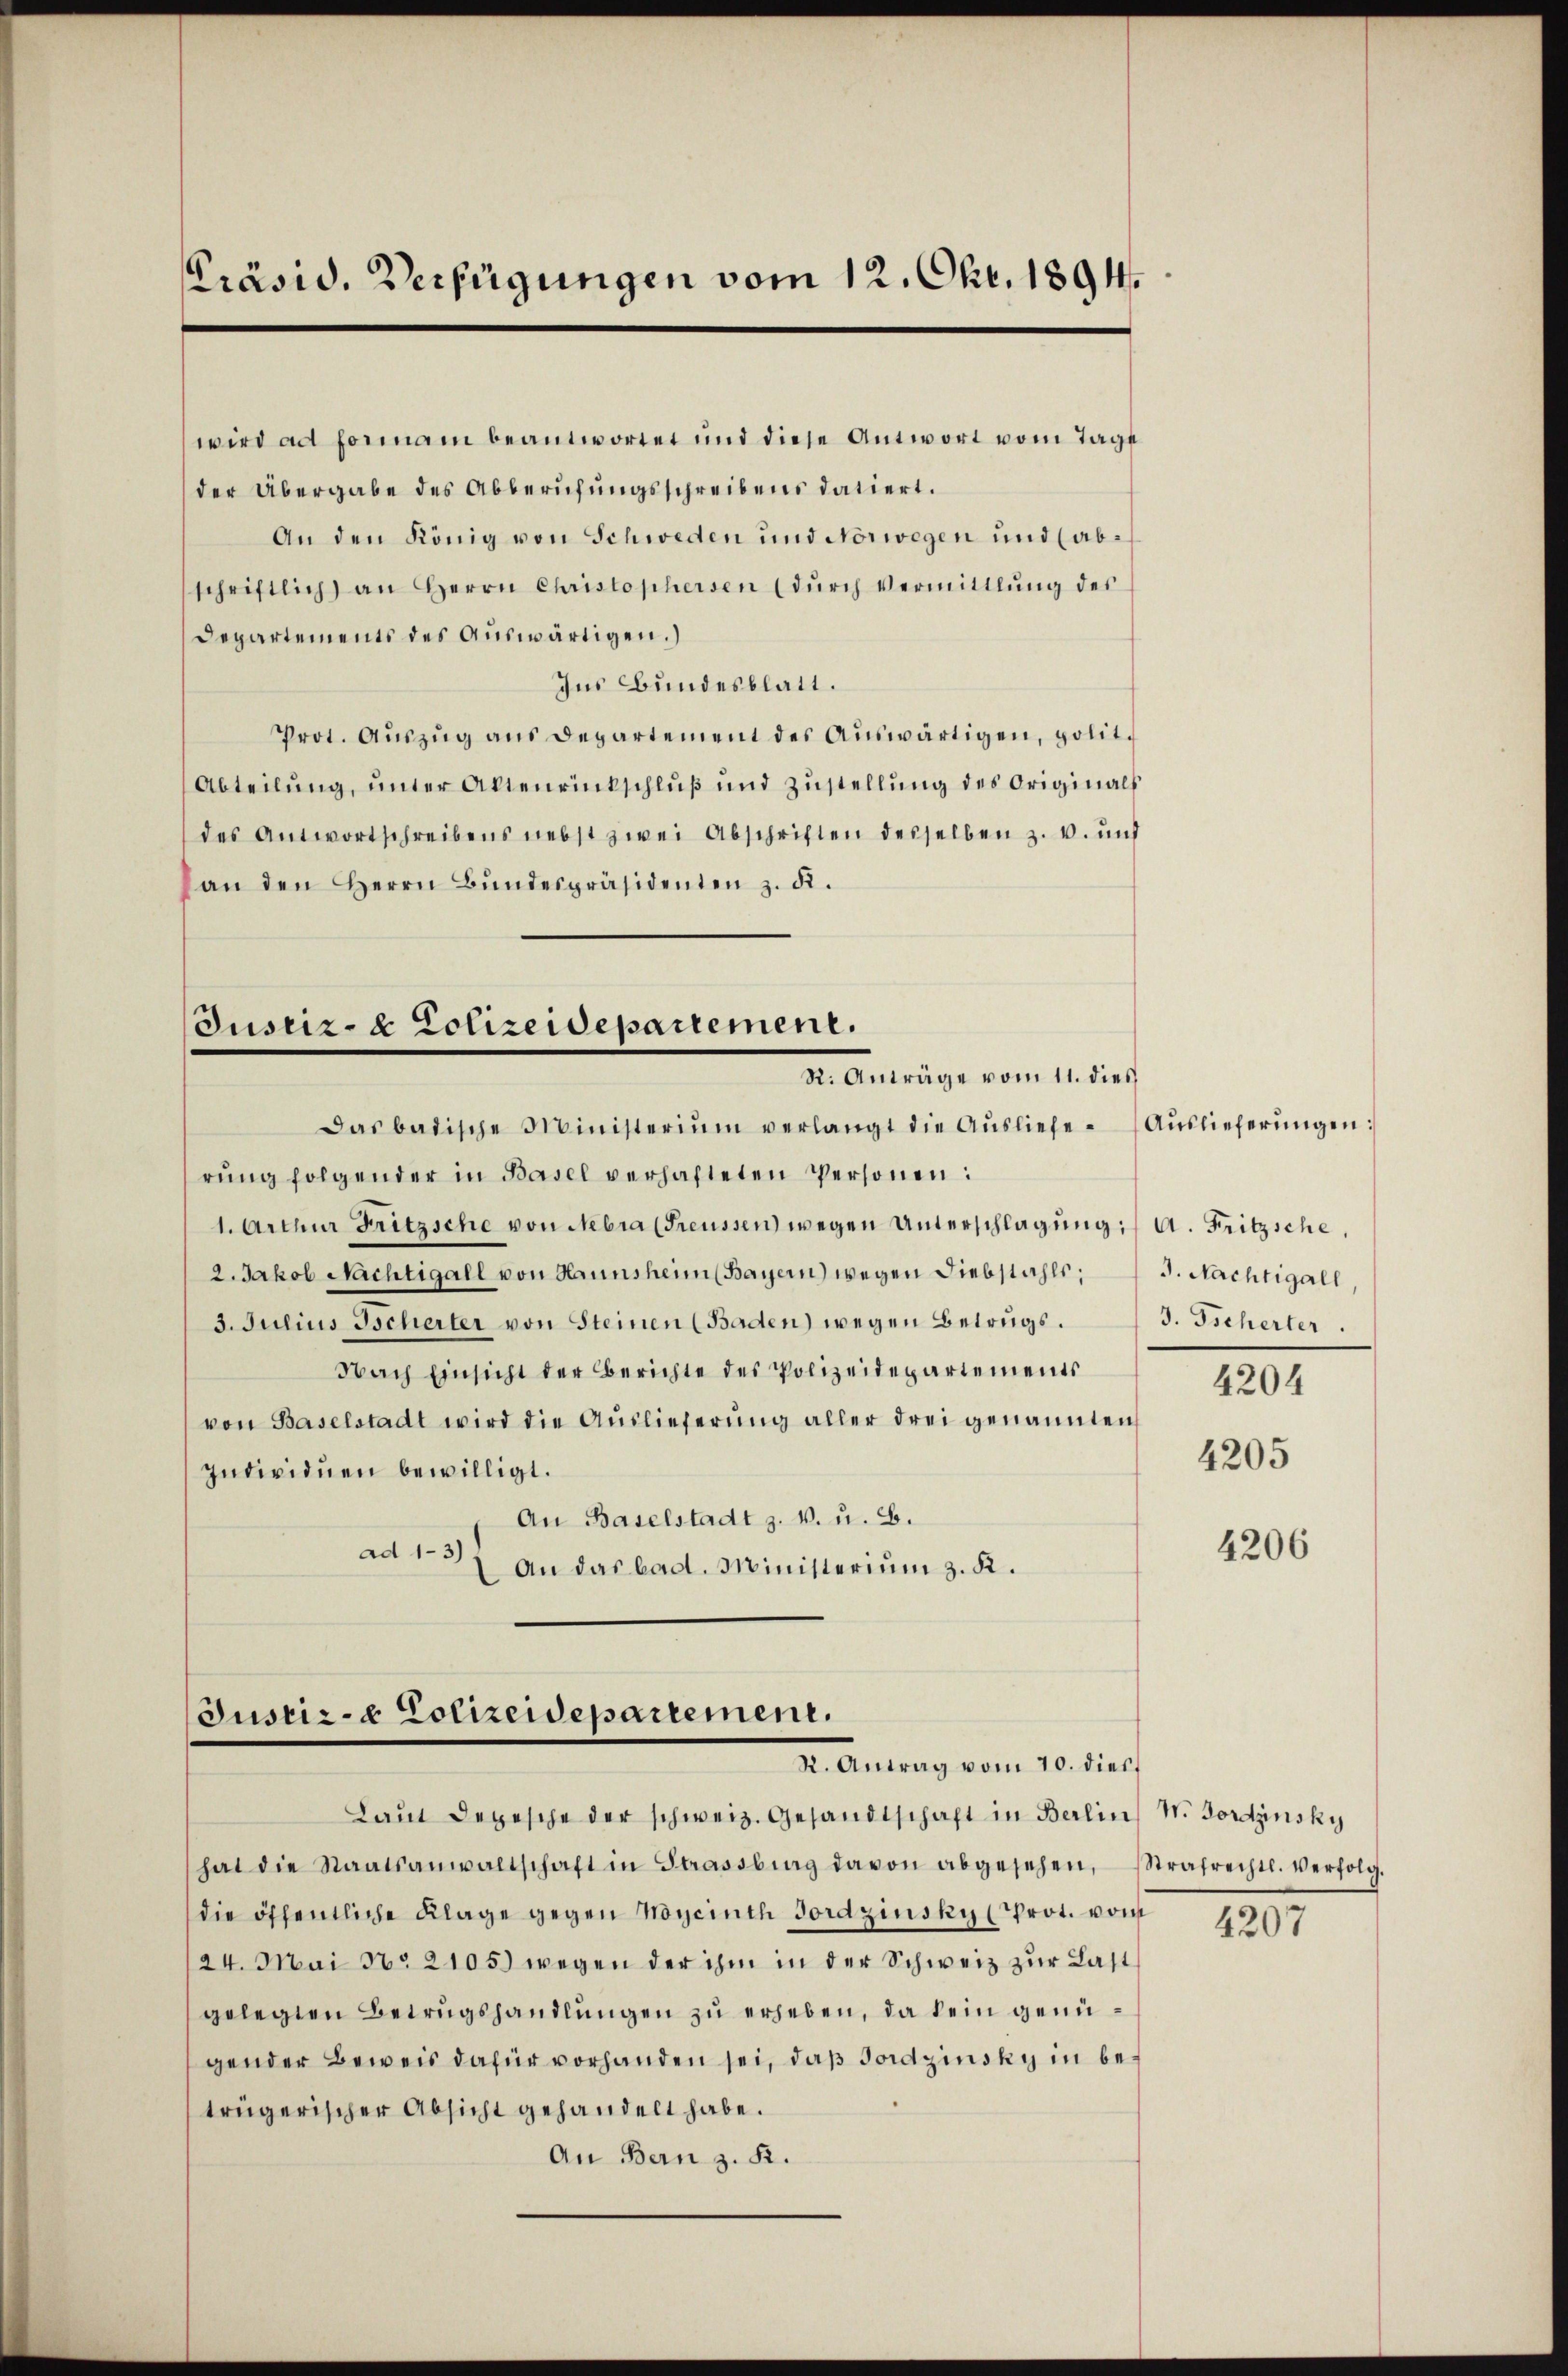
Präsid. Verfügungen vom 12. Okt. 1894.

wird ad formam beantwortet und diese Antwort vom Tage
der Übergabe des Abberufungsschreibens datiert.
An den König von Schweden und Norwegen und (abschriftlich an Herrn Christophersen (dŭrch Vermittlŭng des
Departements des Auswärtigen.)
Ins Bundesblatt.
Prot. Aŭszŭg aŭs departement des Aŭswärtigen, polit.
Abteilŭng ŭnter Aktenrückschlŭβ ŭnd Zŭstellŭng des Originals
des Antwortschreibens nebst zwei Abschriften desselben z. v. und
an den Herrn Bŭndespräsidenten z. d.

Justiz- & Polizeidepartement.
R. Anträge vom 11. dies

das badische Ministerium verlangt die Aŭsliefe Aŭslieferŭngen:
rŭng folgender in Basel verhafteten Personen:
1. Arthur Fritzsche von Nebra (Freussen wegen Unterschlagung: A. Fritzsche,
2. Jakob Nächtigall von Hannsheim (Bayern) wegen Diebstahls;
3. Julius Tscherter von Steinen (Baden) wegen Betrugs.
Nach Einsicht der Berichte des Polizeidepartements
von Baselstadt wird die Aŭslieferŭng aller drei genannten
Individuen bewilligt.
An Baselstadt z. v. u. B.
ad 13 an das bad. Ministerium z. K.

Justiz- & Polizeidepartement.
R. Antrag vom 10. dies

J. Nachtigall,
3. Tscherter.

Laŭt Depesche der schweiz. Gesandtschaft in Berlin N. Bordzinsky
hat die Staatsanwaltschaft in Strassburg davon abgesehen, Strafrechtl. verfolg.
die öffentliche Klage gegen Noycinth Gordzinsky (Prot. vom
24. Mai No 2105) wegen der ihm in der Schweiz zur Last
gelegten Betrugshandlungen zu erheben, da kein genügender Beweis dafür vorhanden sei, daß Gordzinsky in betrügerischer Absicht gehandelt habe.
An Bern z. R.

4204
4205

4206

4207